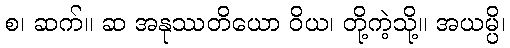
စ၊ ဆက်။ ဆ အနုဿတိယော ဝိယ၊ တို့ကဲ့သို့။ အယမ္ပိ၊